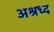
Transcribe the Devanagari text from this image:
अश्रध्द